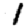
Digit: 1